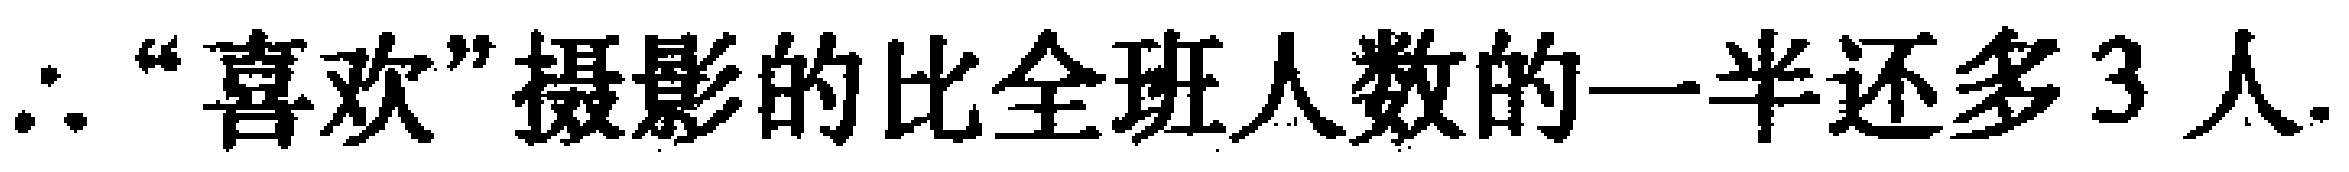
$\therefore$“喜欢”摄影的比全班人数的一半还多$3$人.